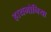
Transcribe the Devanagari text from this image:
हायमोनिया